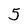
Character: 5